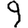
Digit: 9